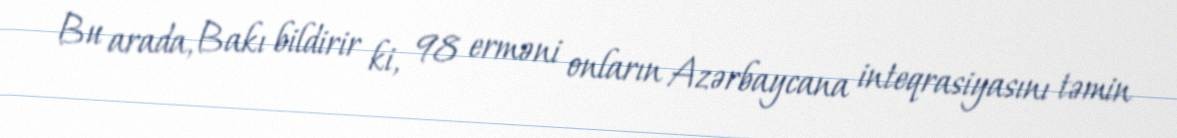
Bu arada, Bakı bildirir ki, 98 erməni onların Azərbaycana inteqrasiyasını təmin